Vaccination Hyderabad 1872-1889 - 1872-1889
Year: 1872
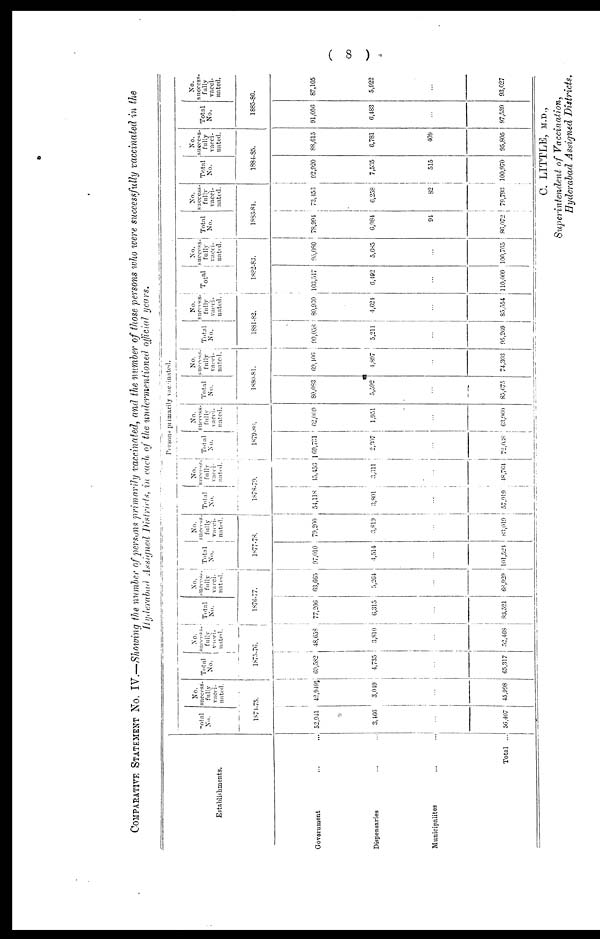
( 8 )
COMPARATIVE STATEMENT NO. IV.—Showing the number of persons primarily vaccinated, and the number of those persons who were successfully vaccinated in the
Hyderabad Assigned Districts, in each of the undermentioned official years.
Establishments.
Government ... ...
Dispensaries ... ...
Municipalites ... ...
Total ...
Persons primarily vaccinated.
Total
No.
No.
success¬
fully
vacci-
nated.
1874-75.
52,041
3,466
...
56,407
42,949
3,049
...
45,998
Total
No.
No.
success¬
fully
vacci¬
nated.
1875-70.
60,582
4,735
...
65,317
48,658
3,810
...
52,468
Total
No.
No.
success¬
fully
vacci-
nated.
1876-77.
77,206
6,315
...
83,521
63,665
5,264
...
68,929
Total
No.
No.
success¬
fully
vacci-
nated.
1877-78.
97,010
4,514
...
101,524
79,200
3,819
...
83,019
Total
No.
No.
success¬
fully
vacci-
-ated.
1878-79.
54,118
3,801
...
57,919
45,453
3,311
...
48,764
Total
No.
No.
success¬
fully
vacci-
nated.
1879-80.
69,701
2,307
...
72,038
62,009
1,951
...
63,960
Total
No.
No.
success-
fully
vacci-
nated.
1880-81.
80,083
5,592
...
85,675
69,406
4,897
...
74,303
Total
No.
No.
success-
fully
vacci¬
nated.
1881-82.
90,058
5,211
...
95,269
80,930
4,624
...
85,554
Total
No.
success-
fully
vacci-
nated.
1882-83.
103,517
6,492
...
110,009
95,080
5,685
...
100,765
Total
No.
No.
success-
fully
vacci-
nated.
1883-84.
78,994
6,084
94
86,072
73,453
6,258
82
79,793
Total
No.
No.
success-
fully
vacci-
nated.
1884-85.
92,920
7,535
515
100,970
88,615
6,781
409
95,805
Total
No.
No.
success¬
fully
vacci-
nated.
1885-86.
91,056
6,483
...
97,539
87,105
5,922
...
93,027
C. LITTLE, M.D.,
Superintendent of Vaccination,
Hyderabad Assigned Districts.